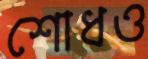
শোধও